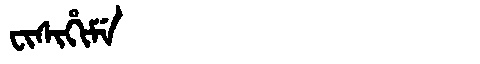
Manchu: ᠸᡳᠰᡳᡥᡳᠮᡝ
Romanization: FISIHIME